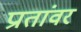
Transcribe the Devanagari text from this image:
प्रातांवर